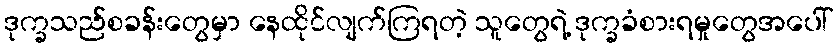
ဒုက္ခသည်စခန်းတွေမှာ နေထိုင်လျက်ကြရတဲ့ သူတွေရဲ့ ဒုက္ခခံစားရမှုတွေအပေါ်